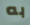
به